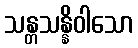
သန္တသန္နိဝါသော